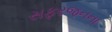
સફરજનના